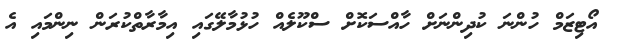
އޯޓިޒަމް ހުންނަ ކުދިންނަށް ހާއްސަކޮށް ސްކޫލެއް ހުޅުމާލޭގައި އިމާރާތްކުރަން ނިންމައި އެ